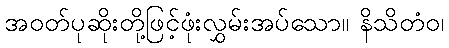
အဝတ်ပုဆိုးတို့ဖြင့်ဖုံးလွှမ်းအပ်သော။ နိသိတံဝ၊